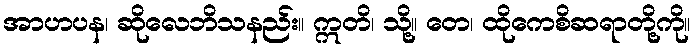
အာဟပန၊ ဆိုလေဘိသနည်း။ ဣတိ၊ သို့။ တေ၊ ထိုကေစိဆရာတို့ကို။